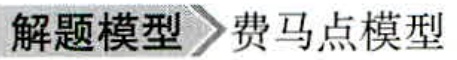
解题模型 \(\rightarrow\) 费马点模型